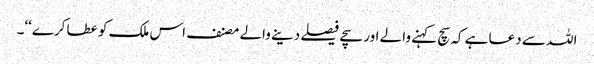
اللہ سے دعا ہے کہ سچ کہنے والے اور سچے فیصلے دینے والے مصنف اس ملک کو عطا کرے‘‘۔